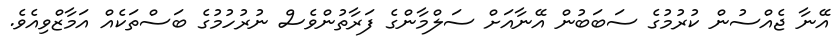
އޭނާ ޖެއްސުން ކުރުމުގެ ސަބަބުން އޭނާއަށް ސަލްމާންގެ ފަރާތުންވެސް ނުރުހުމުގެ ބަސްތަކެއް އަމާޒްވިއެވެ.